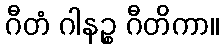
ဂီတံ ဂါနဉ္စ ဂီတိကာ။